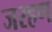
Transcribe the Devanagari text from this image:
जरहण